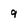
Character: 9